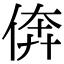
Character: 倴